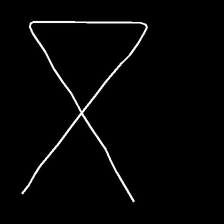
Glyph: collection